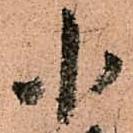
小